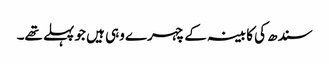
سندھ کی کابینہ کے چہرے وہی ہیں جو پہلے تھے۔